Annual administration report of the Civil Veterinary Department, Ajmere-Merwara, British Rajputana - 1914-1940
Year: 1914
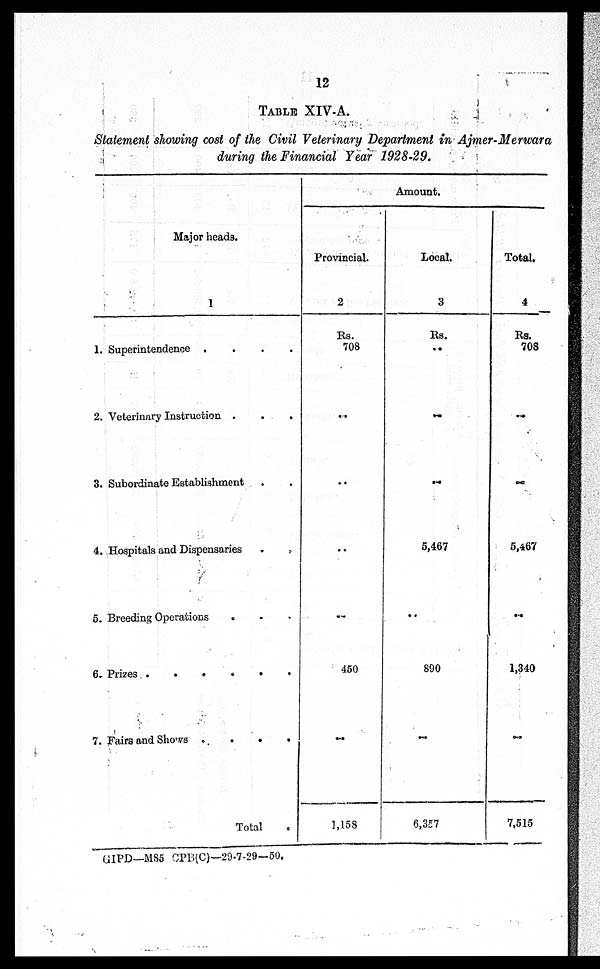
12
TABLE XIV-A.
Statement showing cost of the Civil Veterinary Department in Ajmer-Merwara
during the Financial Year 1928-29.
Major heads.
1
1. Superintendence .
.
.
.
2. Veterinary Instruction . . . .
3. Subordinate Establishment . .
4. Hospitals and Dispensaries . .
5. Breeding Operations . . .
6. Prizes .
. . . . . . .
7. Fairs and Shows . . . .
Total
Amount.
Provincial.
2
Rs.
708
...
...
...
...
450
...
1,153
Local.
3
Rs.
..
..
..
5,467
..
890
..
6,357
Total.
4
Rs.
708
..
..
5,467
..
1,340
..
7,515
GIPD—M85 CPD(C)—29-7-29—50.